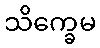
သိက္ခေမ